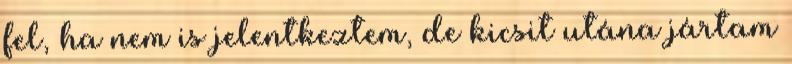
fel, ha nem is jelentkeztem, de kicsit utána jártam